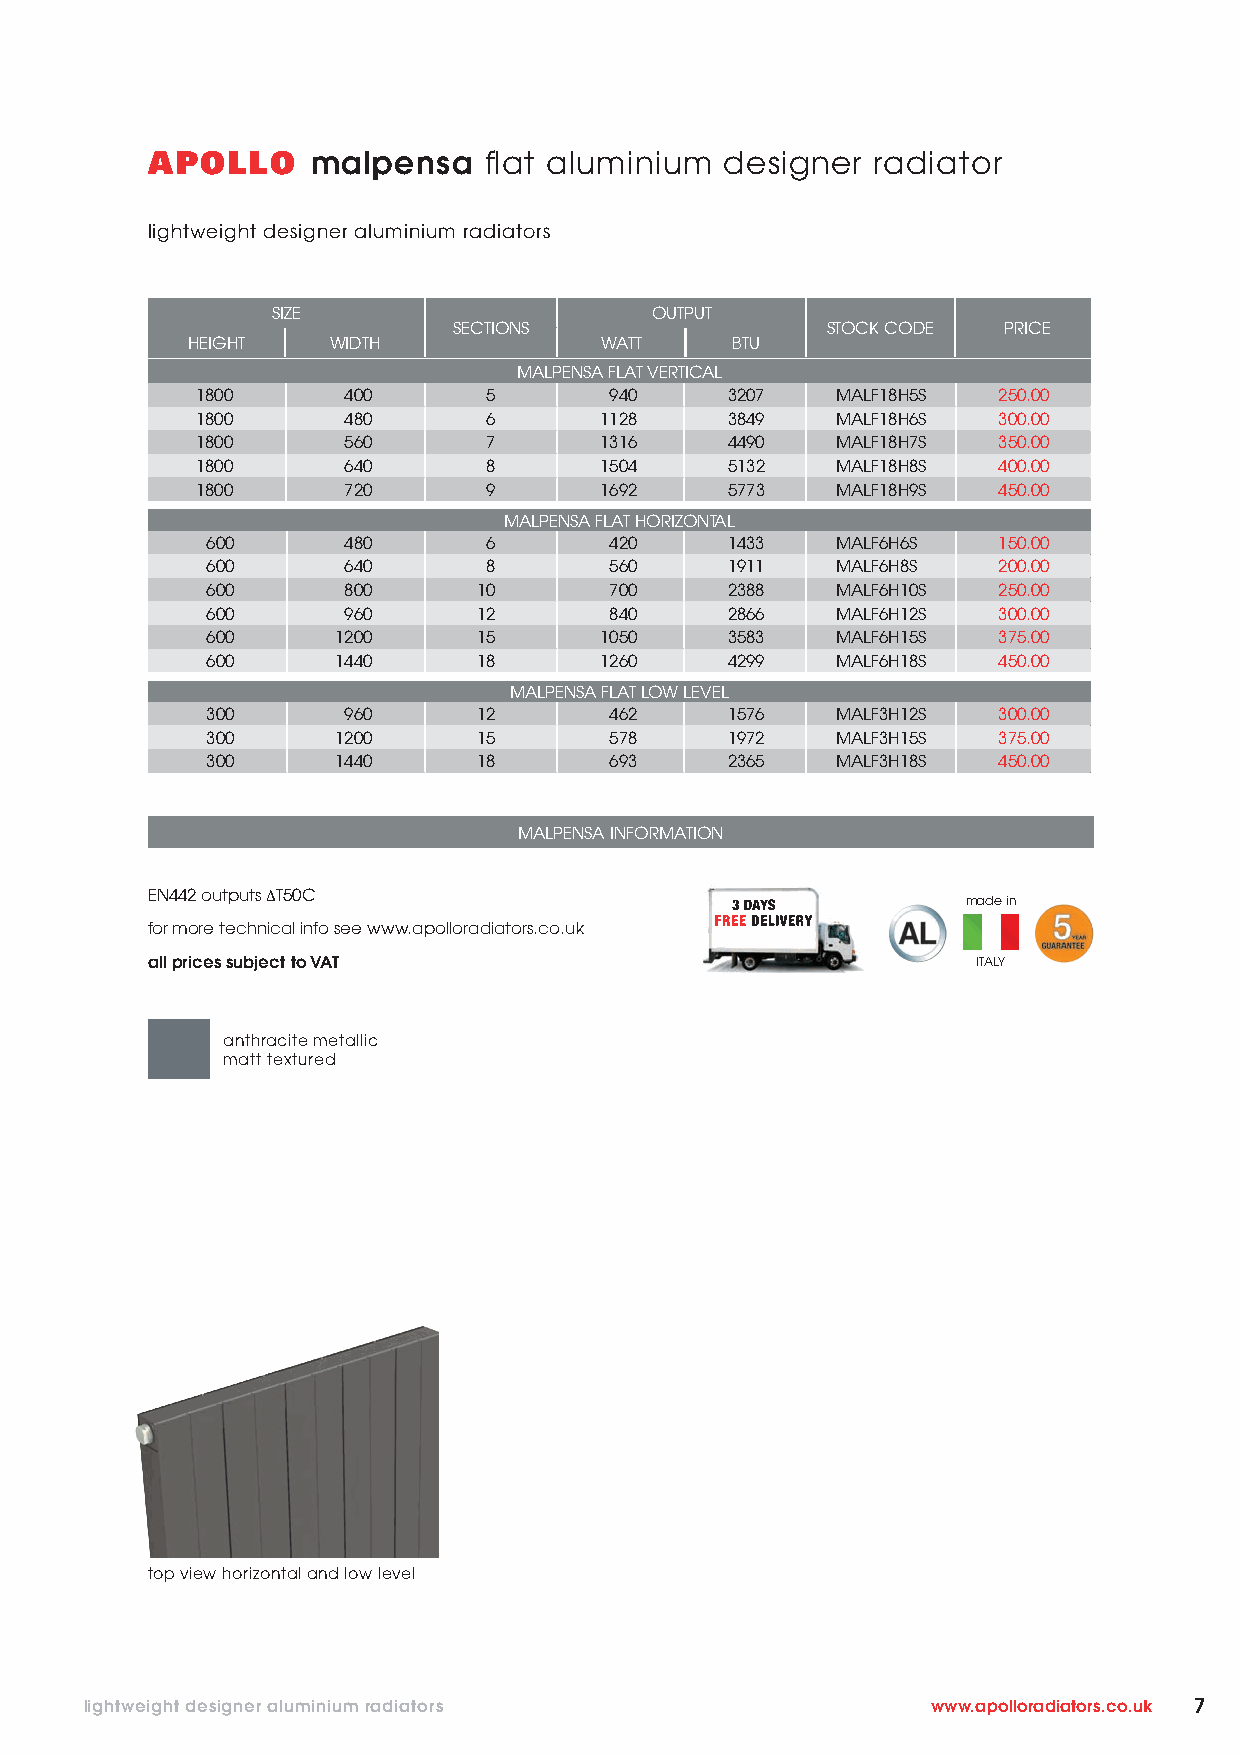
APOLLO     malpensa   flat aluminium  designer  radiator
 lightweight designer aluminium radiators
 SIZE                     OUTPUT
 SECTIONS                 STOCK CODE PRICE
 HEIGHT    WIDTH             WATT    BTU
 MALPENSA FLAT VERTICAL
 1800      400      5       940     3207   MALF18H5S  250.00
 1800      480      6       1128    3849   MALF18H6S  300.00
 1800      560      7       1316    4490   MALF18H7S  350.00
 1800      640      8       1504    5132   MALF18H8S  400.00
 1800      720      9       1692    5773   MALF18H9S  450.00
 MALPENSA FLAT HORIZONTAL
 600      480      6       420     1433   MALF6H6S   150.00
 600      640      8       560     1911   MALF6H8S   200.00
 600      800      10      700     2388   MALF6H10S  250.00
 600      960      12      840     2866   MALF6H12S  300.00
 600     1200      15      1050    3583   MALF6H15S  375.00
 600     1440      18      1260    4299   MALF6H18S  450.00
 MALPENSA FLAT LOW LEVEL
 300      960      12      462     1576   MALF3H12S  300.00
 300     1200      15      578     1972   MALF3H15S  375.00
 300     1440      18      693     2365   MALF3H18S  450.00
 MALPENSA INFORMATION
 EN442 outputs ΔT50C
 made in
 for more technical info see www.apolloradiators.co.uk
 all prices subject to VAT                              ITALY
 anthracite metallic
 matt textured
 top view horizontal and low level
 lightweight designer aluminium radiators                www.apolloradiators.co.uk 7